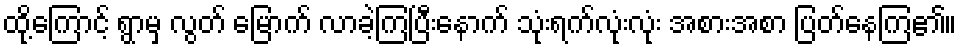
ထို့ကြောင့် ရွာမှ လွတ် မြောက် လာခဲ့ကြပြီးနောက် သုံးရက်လုံးလုံး အစားအစာ ပြတ်နေကြ၏။